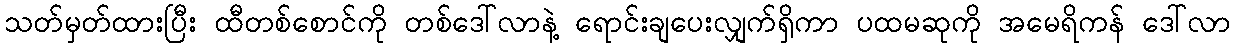
သတ်မှတ်ထားပြီး ထီတစ်စောင်ကို တစ်ဒေါ်လာနဲ့ ရောင်းချပေးလျှက်ရှိကာ ပထမဆုကို အမေရိကန် ဒေါ်လာ